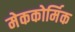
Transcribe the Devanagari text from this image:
मेककोर्मिक